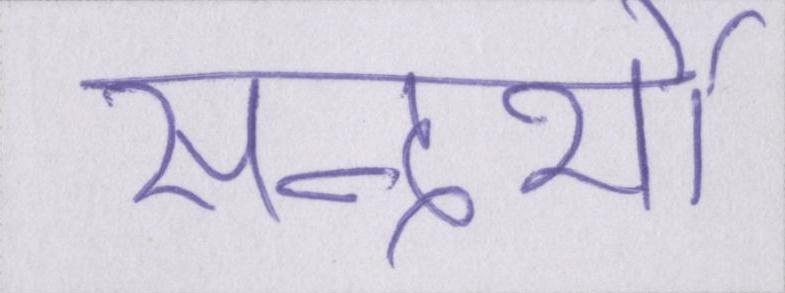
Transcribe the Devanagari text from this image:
सन्दर्भो